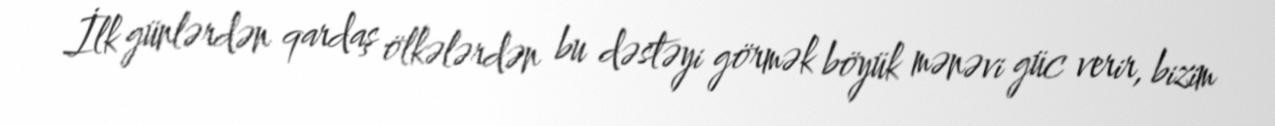
İlk günlərdən qardaş ölkələrdən bu dəstəyi görmək böyük mənəvi güc verir, bizim